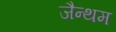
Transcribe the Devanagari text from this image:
जैन्थम